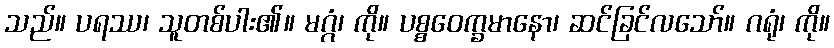
သည်။ ပရဿ၊ သူတစ်ပါး၏။ မဂ္ဂံ၊ ကို။ ပစ္စဝေက္ခမာနော၊ ဆင်ခြင်လသော်။ ဂရုံ၊ ကို။